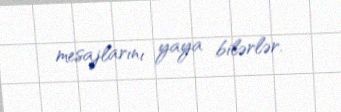
mesajlarını yaya bilərlər.